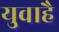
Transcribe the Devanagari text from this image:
युवाहै